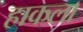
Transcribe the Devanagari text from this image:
हाकला